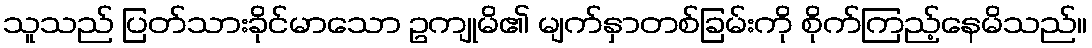
သူသည် ပြတ်သားခိုင်မာသော ဥကျုမိ၏ မျက်နှာတစ်ခြမ်းကို စိုက်ကြည့်နေမိသည်။